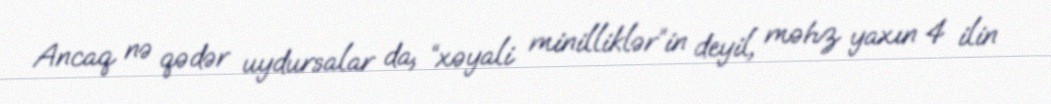
Ancaq nə qədər uydursalar da, “xəyali minilliklər”in deyil, məhz yaxın 4 ilin